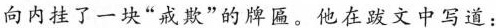
向内挂了一块”戒欺”的牌匾。他在跋文中写道：